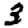
Digit: 3